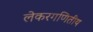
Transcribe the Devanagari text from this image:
लेकरगणितीय